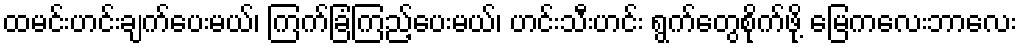
ထမင်းဟင်းချက်ပေးမယ်၊ ကြက်ခြံကြည့်ပေးမယ်၊ ဟင်းသီးဟင်း ရွက်တွေစိုက်ဖို့ မြေကလေးဘာလေး